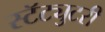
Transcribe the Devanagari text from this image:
स्टॅट्युटरी